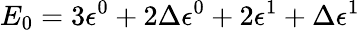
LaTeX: E_{0}=3\epsilon^{0}+2\Delta\epsilon^{0}+2\epsilon^{1}+\Delta\epsilon^{1}